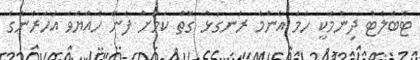
ޓެބްލެޓް ދިނުމަކީ ހަމަ އެންމެ ރަނގަޅު ގޮތް ކަމަށް ފެނޭ ހެއްޔެވެ އަހަރެންގެ